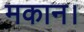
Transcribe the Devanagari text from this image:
मकान।